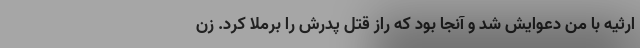
ارثیه با من دعوایش شد و آنجا بود که راز قتل پدرش را برملا کرد. زن